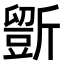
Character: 𣃃